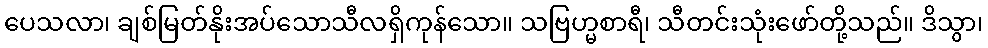
ပေသလာ၊ ချစ်မြတ်နိုးအပ်သောသီလရှိကုန်သော။ သဗြဟ္မစာရီ၊ သီတင်းသုံးဖော်တို့သည်။ ဒိသွာ၊